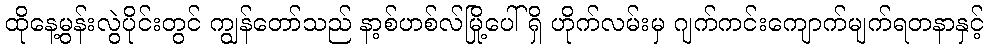
ထိုနေ့မွန်းလွဲပိုင်းတွင် ကျွန်တော်သည် နာ့စ်ဟစ်လ်မြို့ပေါ်ရှိ ဟိုက်လမ်းမှ ဂျက်ကင်းကျောက်မျက်ရတနာနှင့်